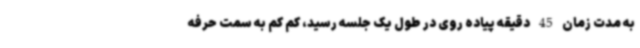
به مدت زمان 45 دقیقه پیاده روی در طول یک جلسه رسید، کم کم به سمت حرفه